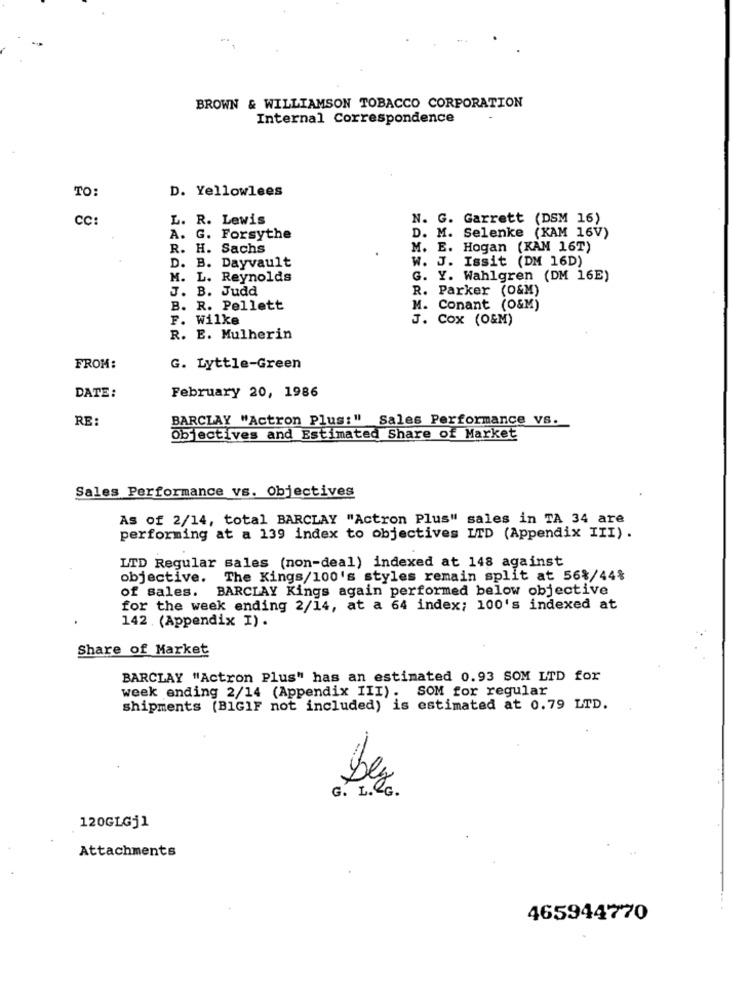
BROWN & WILLIAMSON TOBACCO CORPORATION
Internal Correspondence
TO:
D. Yellowlees
CC:
L. R. Lewis
N. G. Garrett (DSM 16)
A.
G. Forsythe
D. M. Selenke (KAM 16V)
R. H. Sachs
M. E. Hogan (KAM 16T)
D. B. Dayvault
W. J. Issit (DM 16D)
M. L. Reynolds
G. Y. Wahlgren (DM 16E)
B. Judd
R. Parker (O&M)
B. R. Pellett
M. Conant (O&M)
F. Wilke
J. Cox (O&M)
R. E. Mulherin
FROM:
G. Lyttle-Green
February 20, 1986
DATE:
RE:
BARCLAY "Actron Plus:"
Sales Performance Vs.
Objectives and Estimated Share of Market
Sales Performance vs. Objectives
As of 2/14, total BARCLAY "Actron Plus" sales in TA 34 are
performing at a 139 index to objectives LTD (Appendix III) .
LTD Regular sales (non-deal) indexed at 148 against
objective. The Kings/100's styles remain split at 56%/44%
of sales. BARCLAY Kings again performed below objective
for the week ending 2/14, at a 64 index; 100's indexed at
142 . (Appendix I) .
Share of Market
BARCLAY "Actron Plus" has an estimated 0.93 SOM LTD for
week ending 2/14 (Appendix III). SOM for regular
shipments (BIGIF not included) is estimated at 0.79 LTD.
bez
G. L. G.
120GLGj1
Attachments
465944770